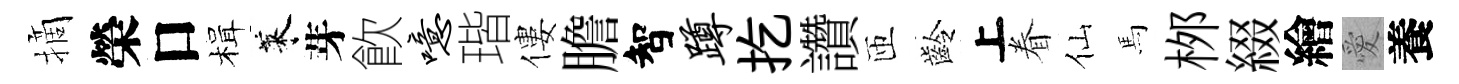
摘榮口楫萊芽飮噫瑎僂膽智蹲扢讚匝齡上眷仙馬桞綴繪愛養